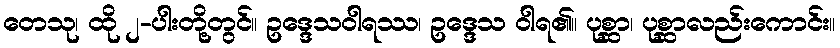
တေသု၊ ထို ၂-ပါးတို့တွင်။ ဥဒ္ဒေသဝါရဿ၊ ဥဒ္ဒေသ ဝါရ၏။ ပုစ္ဆာ၊ ပုစ္ဆာလည်းကောင်း။